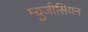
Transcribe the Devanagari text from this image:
म्युजीसियन